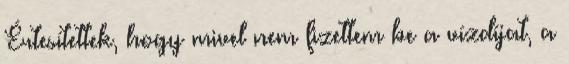
Értesítettek, hogy mivel nem fizettem be a vízdíjat, a